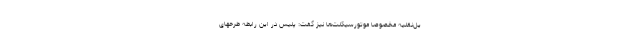
یل‌نقلیه مخصوصاً موتورسیکلت‌ها نیز گفت: پلیس در این رابطه طرحهای